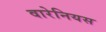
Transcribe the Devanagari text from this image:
वारेनियस